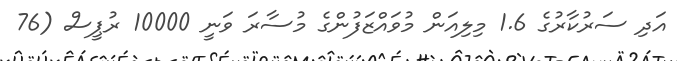
އަދި ސަރުކާރުގެ 1.6 މިލިއަން މުވައްޒަފުންގެ މުސާރަ ވަނީ 10000 ރުޕީސް (76